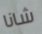
شانا